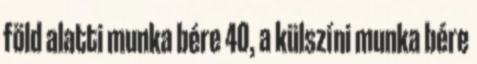
föld alatti munka bére 40, a külszíni munka bére